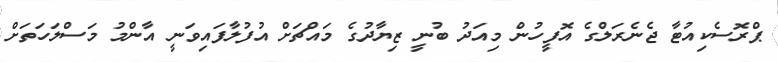
ޕްރޮސެކިއުޓާ ޖެނެރަލްގެ އޮފީހުން މިއަދު ބުނީ ޒިޔާދުގެ މައްޗަށް އުފުލާފައިވަނީ އާންމު މަސްލަހަތަށް